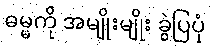
ဓမ္မကို အမျိုးမျိုး ခွဲပြပုံ